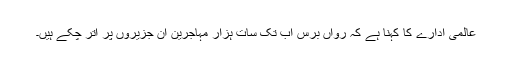
عالمی ادارے کا کہنا ہے کہ رواں برس اب تک سات ہزار مہاجرین ان جزیروں پر اتر چکے ہیں۔